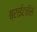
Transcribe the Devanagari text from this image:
ब्राईटनॅस